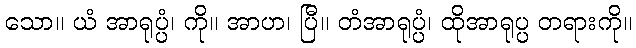
သော။ ယံ အာရုပ္ပံ၊ ကို။ အာဟ၊ ပြီ။ တံအာရုပ္ပံ၊ ထိုအာရုပ္ပ တရားကို။